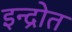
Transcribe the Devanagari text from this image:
इन्द्रोत